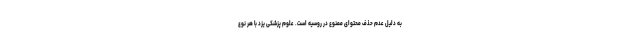
به دلیل عدم حذف محتوای ممنوع در روسیه است. علوم پزشکی یزد با هر نوع